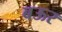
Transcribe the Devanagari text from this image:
बऊर